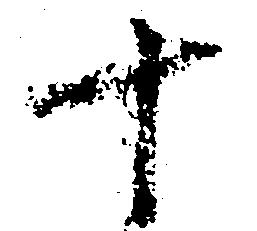
十